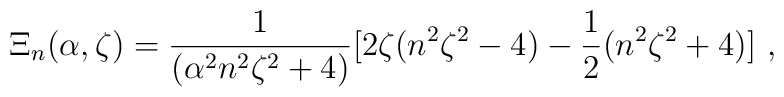
\Xi_n(\alpha,\zeta)=\frac{1}{(\alpha^2n^2\zeta^2+4)}[2\zeta(n^2\zeta^2-4)-\frac{1}{2}(n^2\zeta^2+4)]\ ,